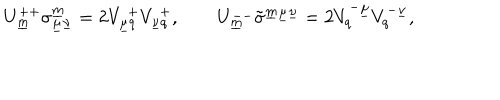
U _ { \underline { { { m } } } } ^ { + + } \sigma _ { \underline { { { \mu } } } \underline { { { \nu } } } } ^ { \underline { { { m } } } } = 2 V _ { \underline { { { \mu } } } q } ^ { ~ + } V _ { \underline { { { \nu } } } q } ^ { ~ + } , \qquad U _ { \underline { { { m } } } } ^ { -- } \tilde { \sigma } ^ { \underline { { { m } } } \underline { { { \mu } } } \underline { { { \nu } } } } = 2 V _ { q } ^ { - \underline { { { \mu } } } } V _ { q } ^ { - \underline { { { \nu } } } } , \qquad